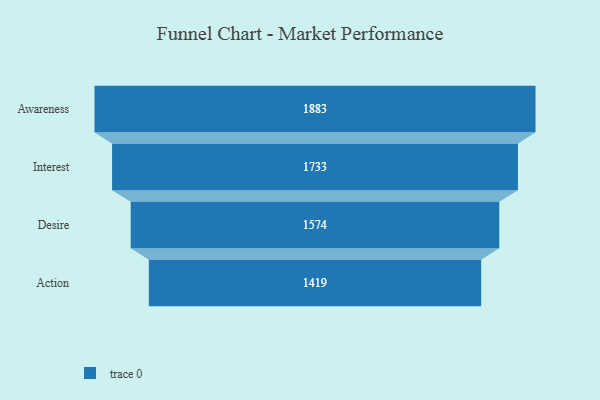
{"axis": {"x": "Stage", "y": "Value"}, "legend": [""], "data": [{"x": "Awareness", "y": 1883.0, "type": ""}, {"x": "Interest", "y": 1733.0, "type": ""}, {"x": "Desire", "y": 1574.0, "type": ""}, {"x": "Action", "y": 1419.0, "type": ""}]}